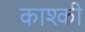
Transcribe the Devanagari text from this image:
काश्की